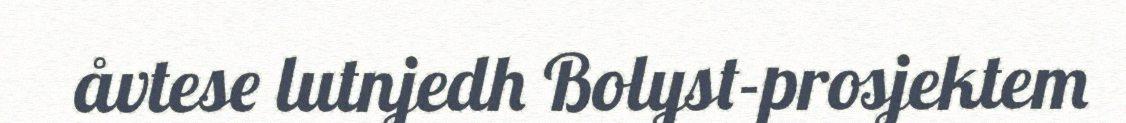
åvtese lutnjedh Bolyst-prosjektem